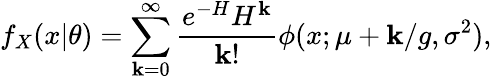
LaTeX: f_{X}(x|\theta)=\sum_{\mathbf{k}=0}^{\infty}\frac{{e^{-H}H^{\mathbf{k}}}}{{\mathbf{k}!}}\phi(x;\mu+\mathbf{k}/g,\sigma^{2}),